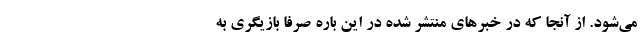
می‌شود. از آنجا که در خبرهای منتشر شده در این باره صرفا بازیگری به